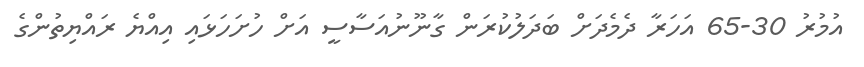
އުމުރު 30-65 އަހަރާ ދެމެދަށް ބަދަލުކުރަން ގާނޫނުއަސާސީ އަށް ހުށަހަޅައި އިއްޔެ ރައްޔިތުންގެ